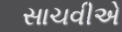
સાચવીએ